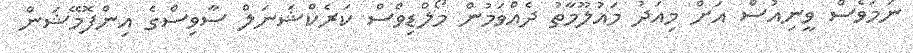
ނަމަވެސް ވީނިއުސް އަށް މިއަދު މައުލޫމާތު ދެއްވަމުން މޯލްޑިވްސް ކަރެކްޝަނަލް ސާވިސްގެ އިންފޮމޭޝަން